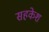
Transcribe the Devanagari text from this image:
सहकेश